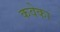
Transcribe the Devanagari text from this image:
कवेका